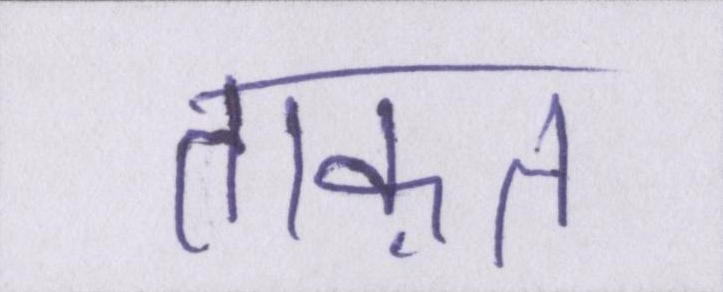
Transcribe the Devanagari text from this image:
ताक़त